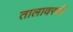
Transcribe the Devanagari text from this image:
तालावरची